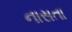
નાસતા